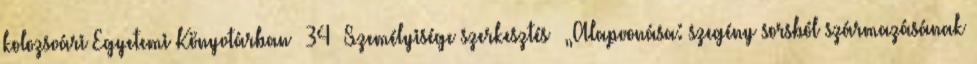
kolozsvári Egyetemi Könyvtárban 34 Személyisége szerkesztés „Alapvonása: szegény sorsból származásának